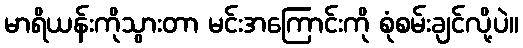
မာရိယန်းကိုသွားတာ မင်းအကြောင်းကို စုံစမ်းချင်လို့ပဲ။